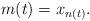
LaTeX: \begin{align*}m(t) = x_{n(t)}.\end{align*}